Leningradi_Edasi_toimetus, lk 50
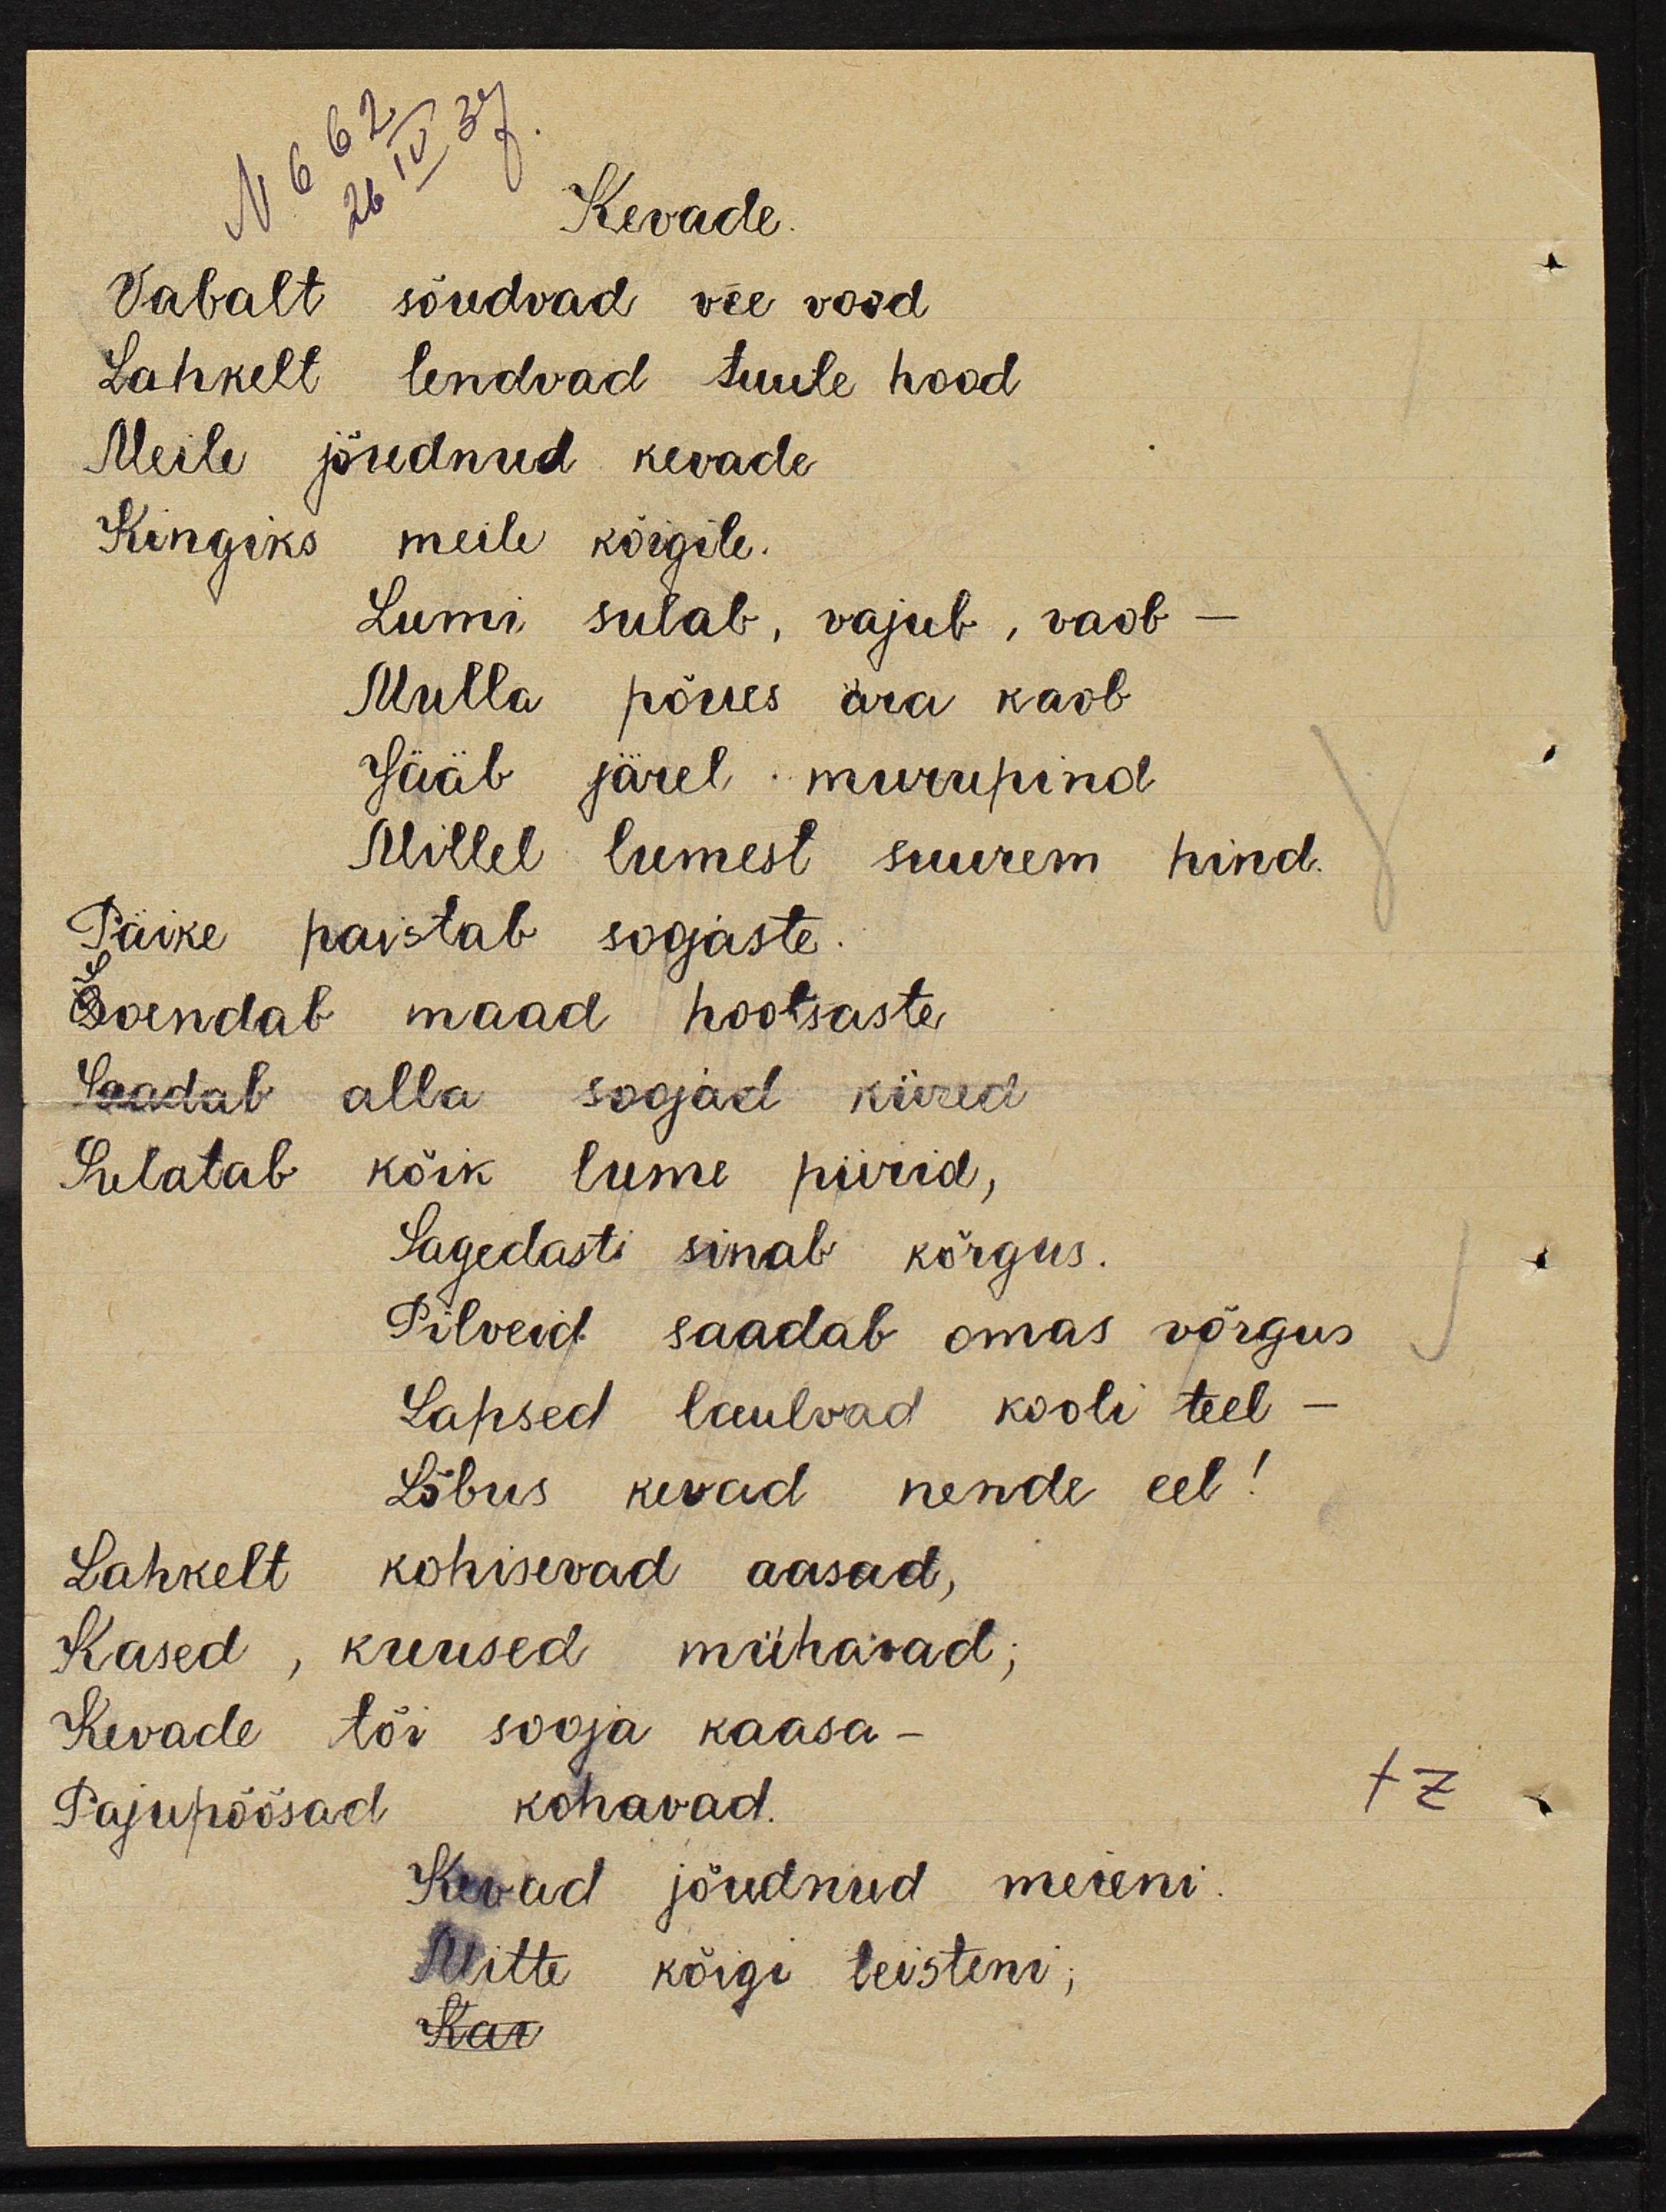
Kevade
vabalt sõudvad vee vood
Lahkelt  lendvad tuule hood
Meile jõudnud kevade
Kingiks  meile kõigile.
Lumi sulab, vajub, vaob
Mulla  põues ära kaob
Jääb järel murupind
Millel  lumest suurem hind.
Päike  paistab soojaste.
Soendab maad hoolsaste
Saadab alla soojad kiired
Sulatab kõik lume piirid,
Sagetasti sinab kõrgus
Pilved saadab omas võrgus
lapsed laulvad kooli teel
Lõbus kevad nende eel!
Lahkelt kohisevad aasad,
kased, kuused mühisevad;
Kevade tõi sooja kaasa -
Pajupõõsad kohavad
Kevad jõudnud meieni.
Mitte kõigi teisteni;
Kar